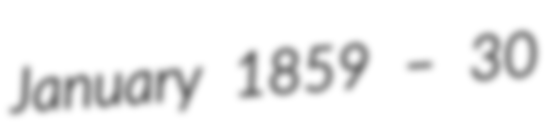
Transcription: January 1859 – 30